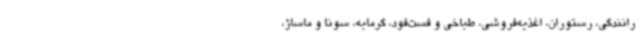
رانندگی، رستوران، اغذیه‌فروشی، طباخی و فست‌فود، گرمابه، سونا و ماساژ،